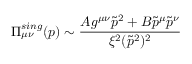
\Pi _ { \mu \nu } ^ { s i n g } ( p ) \sim \frac { A g ^ { \mu \nu } \tilde { p } ^ { 2 } + B \tilde { p } ^ { \mu } \tilde { p } ^ { \nu } } { \xi ^ { 2 } ( \tilde { p } ^ { 2 } ) ^ { 2 } }